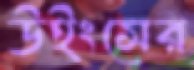
উইংসের